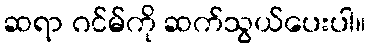
ဆရာ ဂင်မ်ကို ဆက်သွယ်ပေးပါ။